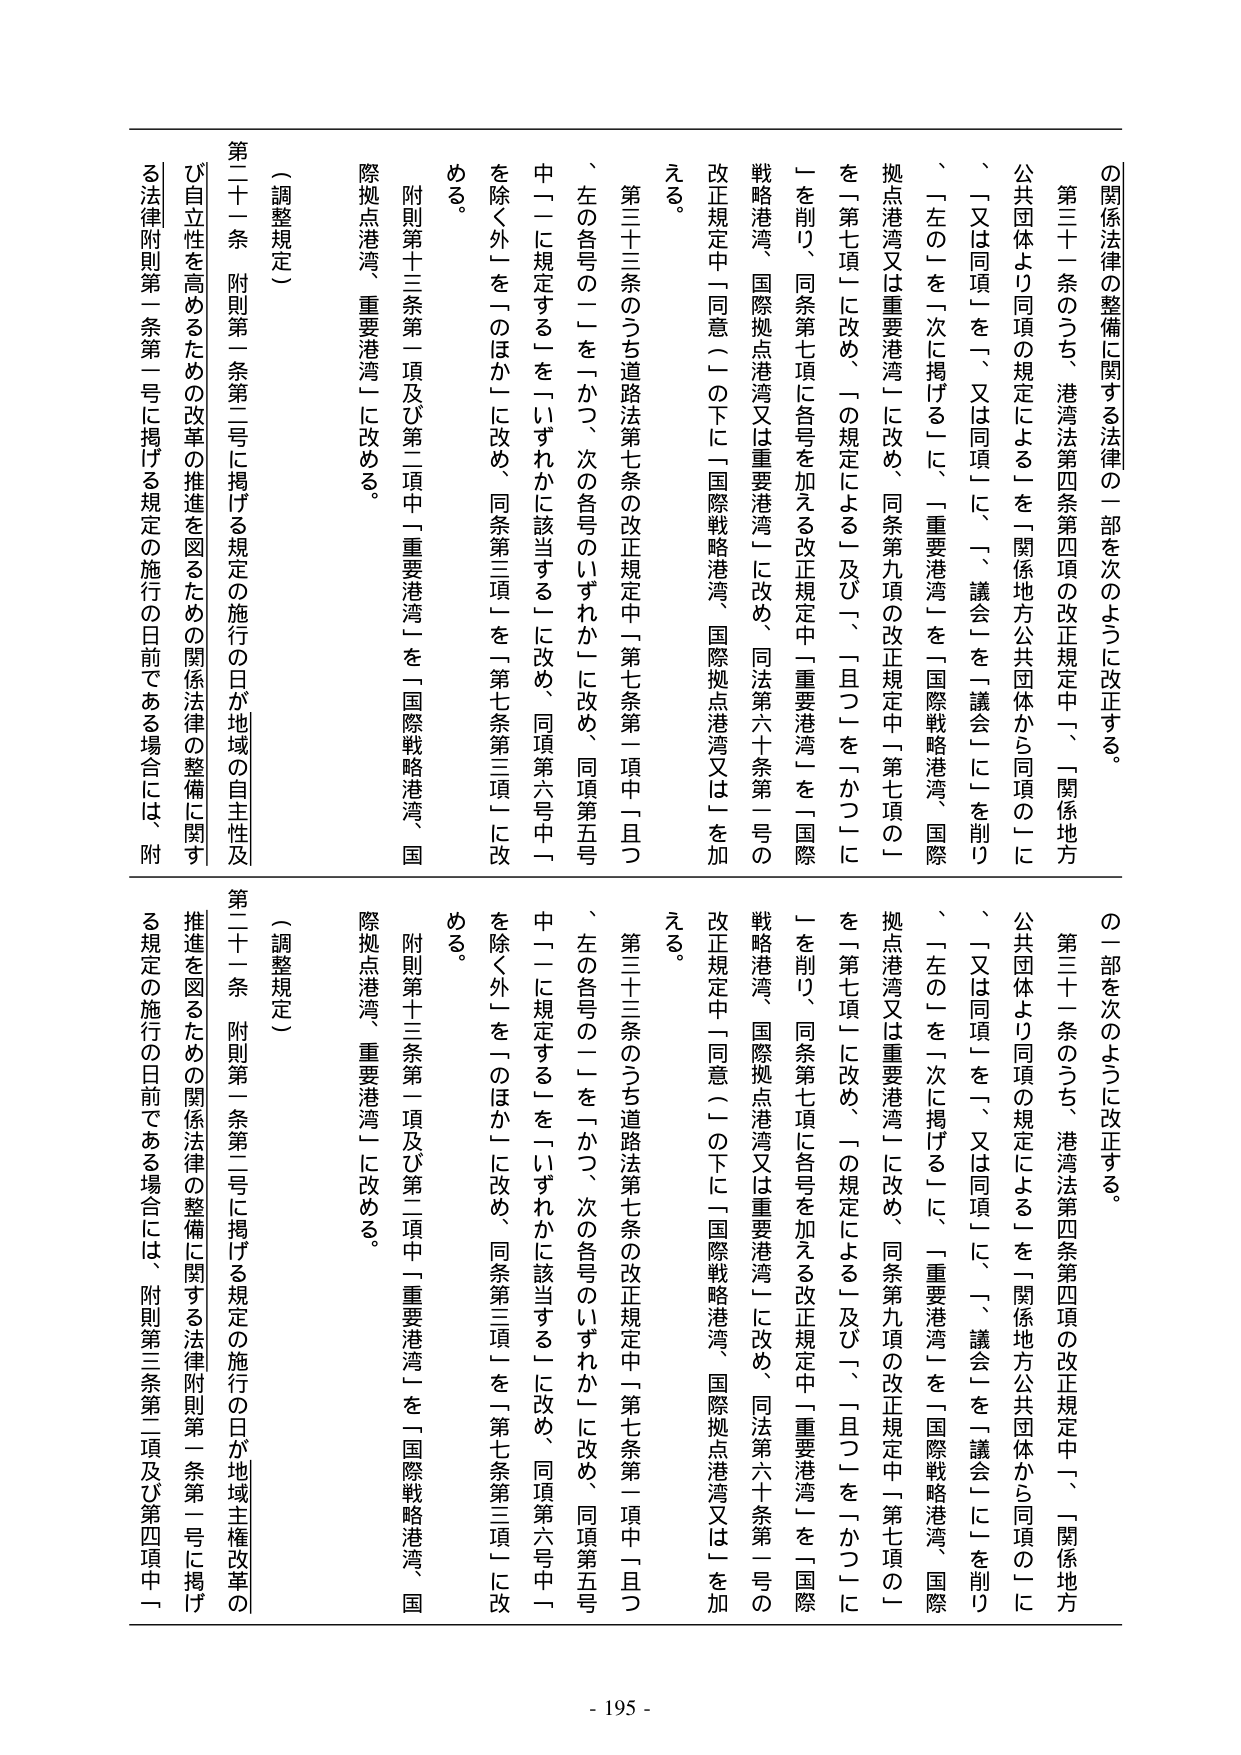
の関係法律の整備に関する法律の一部を次のように改正する。
第三十一条のうち、港湾法第四条第四項の改正規定中「、関係地方公共団体より同項の規定による」を「関係地方公共団体から同項の」に、「又は同項」を「、又は同項」に、「、議会」を「議会」にを削り、「左の」を「次に掲げる」に、「重要港湾」を「国際戦略港湾、国際拠点港湾又は重要港湾」に改め、同条第九項の改正規定中「第七項の」を「第七項」に改め、「の規定による」及び「、「且つ」を「かつ」にを削り、同条第七項に各号を加える改正規定中「重要港湾」を「国際戦略港湾、国際拠点港湾又は重要港湾」に改め、同法第六十条第一号の改正規定中「同意（」の下に「国際戦略港湾、国際拠点港湾又は」を加える。
第三十三条のうち道路法第七条の改正規定中「第七条第一項中「且つ、左の各号の」を「かつ、次の各号のいずれか」に改め、同項第五号中「一に規定する」を「いずれかに該当する」に改め、同項第六号中「を除く外」を「のほか」に改め、同条第三項」を「第七条第三項」に改める。
附則第十三条第一項及び第二項中「重要港湾」を「国際戦略港湾、国際拠点港湾、重要港湾」に改める。
（調整規定）
第二十一条 附則第一条第二号に掲げる規定の施行の日が地域の自主性及び自立性を高めるための改革の推進を図るための関係法律の整備に関する法律附則第一条第一号に掲げる規定の施行の日前である場合には、附
の一部を次のように改正する。
第三十一条のうち、港湾法第四条第四項の改正規定中「、関係地方公共団体より同項の規定による」を「関係地方公共団体から同項の」に、「又は同項」を「、又は同項」に、「、議会」を「議会」にを削り、「左の」を「次に掲げる」に、「重要港湾」を「国際戦略港湾、国際拠点港湾又は重要港湾」に改め、同条第九項の改正規定中「第七項の」を「第七項」に改め、「の規定による」及び「、「且つ」を「かつ」にを削り、同条第七項に各号を加える改正規定中「重要港湾」を「国際戦略港湾、国際拠点港湾又は重要港湾」に改め、同法第六十条第一号の改正規定中「同意（」の下に「国際戦略港湾、国際拠点港湾又は」を加える。
第三十三条のうち道路法第七条の改正規定中「第七条第一項中「且つ、左の各号の」を「かつ、次の各号のいずれか」に改め、同項第五号中「一に規定する」を「いずれかに該当する」に改め、同項第六号中「を除く外」を「のほか」に改め、同条第三項」を「第七条第三項」に改める。
附則第十三条第一項及び第二項中「重要港湾」を「国際戦略港湾、国際拠点港湾、重要港湾」に改める。
（調整規定）
第二十一条 附則第一条第二号に掲げる規定の施行の日が地域主権改革の推進を図るための関係法律の整備に関する法律附則第一条第一号に掲げる規定の施行の日前である場合には、附則第三条第二項及び第四項中一
- 195 -